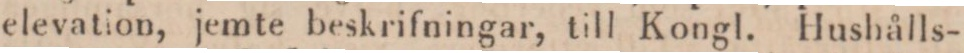
elevation, jemte beskrifningar, till Kongl. Hushålls-